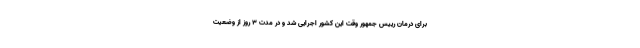
برای درمان رییس جمهور وقت این کشور اجرایی شد و در مدت ۳ روز از وضعیت